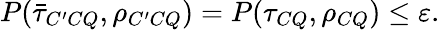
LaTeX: P(\bar{\tau}_{C^{\prime}CQ},\rho_{C^{\prime}CQ})=P(\tau_{CQ},\rho_{CQ})\leq\varepsilon.